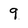
Character: 9